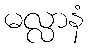
မလ္လာနံ